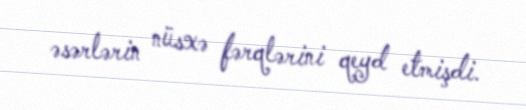
əsərlərin nüsxə fərqlərini qeyd etmişdi.